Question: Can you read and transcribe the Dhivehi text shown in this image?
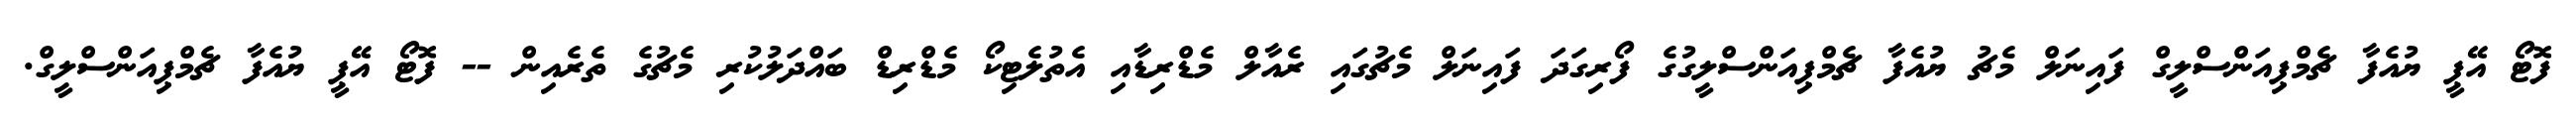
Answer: ފޮޓޯ އޭޕީ ޔުއެފާ ޗެމްޕިއަންސްލީގް ފައިނަލް މެޗު ޔުއެފާ ޗެމްޕިއަންސްލީގުގެ ފޯރިގަދަ ފައިނަލް މެޗުގައި ރެއާލް މެޑްރިޑާއި އެތުލެޓިކޯ މެޑްރިޑް ބައްދަލުކުރި މެޗުގެ ތެރެއިން -- ފޮޓޯ އޭޕީ ޔުއެފާ ޗެމްޕިއަންސްލީގް.